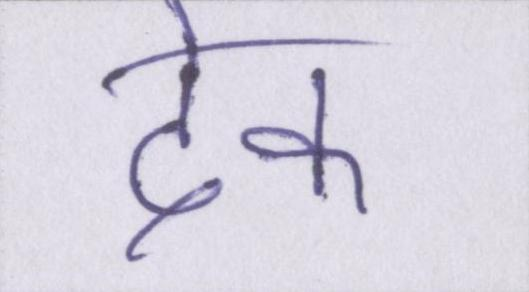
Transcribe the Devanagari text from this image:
देक